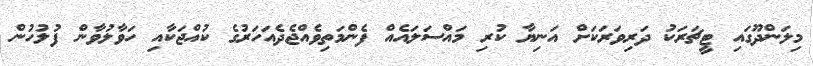
މިލަންދޫގައި ޓީޗަރަކު ދަރިވަރަކަށް އަނިޔާ ކުރި މައްސަލައެއް ފެންމަތިވެއްޖެދެއަހަރުގެ ކުއްޖަކާއި ހަވާލުވާން ފުލުހުން